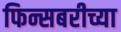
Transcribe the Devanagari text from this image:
फिन्सबरीच्या